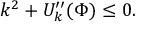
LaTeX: k ^ { 2 } + U _ { k } ^ { \prime \prime } ( \Phi ) \le 0 .